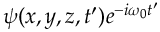
\psi ( x , y , z , t ^ { \prime } ) e ^ { - i \omega _ { 0 } t ^ { \prime } }